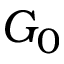
G _ { 0 }